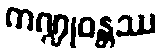
ကဏ္ဍုဝန္တဿ